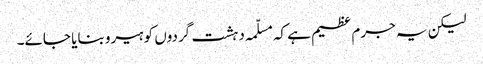
لیکن یہ جرم عظیم ہے کہ مسلّمہ دہشت گردوں کو ہیرو بنایا جائے۔